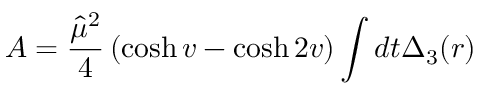
{ \cal A } = \frac { \hat { \mu } ^ { 2 } } { 4 } \left( \cosh v - \cosh 2 v \right) \int d t \Delta _ { 3 } ( r )